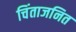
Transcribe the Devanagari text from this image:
चिंताजनित